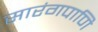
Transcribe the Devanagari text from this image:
सारंगपाणि